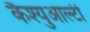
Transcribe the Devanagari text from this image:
कैश्युआल्टी